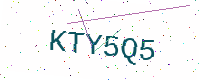
Text: KTY5Q5